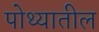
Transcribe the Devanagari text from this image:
पोथ्यातील